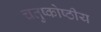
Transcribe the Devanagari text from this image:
चतुष्कोष्ठीय